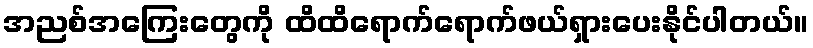
အညစ်အကြေးတွေကို ထိထိရောက်ရောက်ဖယ်ရှားပေးနိုင်ပါတယ်။